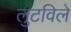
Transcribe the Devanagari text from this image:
लुटविले